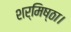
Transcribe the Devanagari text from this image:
शर्मिष्ठा।